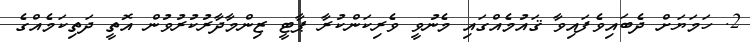
2. ހަމަޔަށް ދެބައިވެފައިވާ ޤައުމެއްގައި މެނުވީ ވެރިކަންކުރާ ޕާޓީ ޒިންމާދާރުކުރުވުން އޮތީ ދަތިކަމެއްގެ